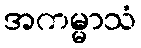
အကမ္မာသံ